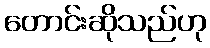
တောင်းဆိုသည်ဟု